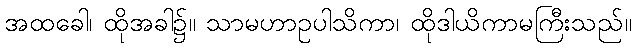
အထခေါ၊ ထိုအခါ၌။ သာမဟာဥပါသိကာ၊ ထိုဒါယိကာမကြီးသည်။